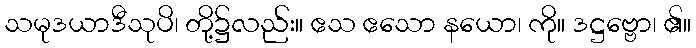
သမုဒယာဒီသုပိ၊ တို့၌လည်း။ ဧသ ဧသော နယော၊ ကို။ ဒဋ္ဌဗ္ဗော၊ ၏။